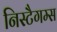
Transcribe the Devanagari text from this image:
निस्टैगम्स